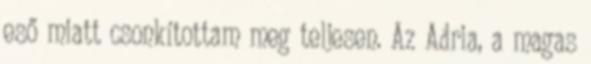
eső miatt csonkítottam meg teljesen. Az Adria, a magas